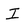
Character: I